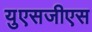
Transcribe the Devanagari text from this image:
युएसजीएस